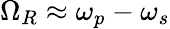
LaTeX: \Omega_{R}\approx\omega_{p}-\omega_{s}